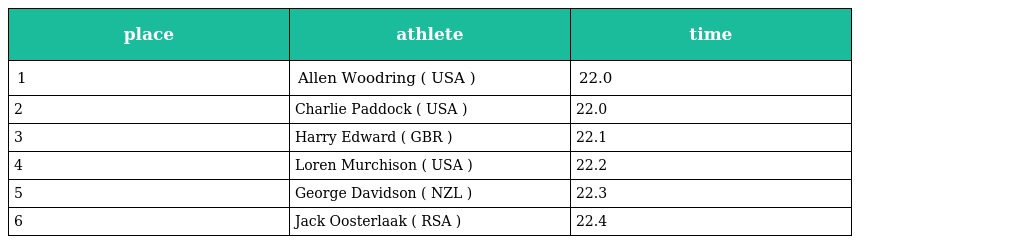
| place | athlete | time |
 | --- | --- | --- |
 | 1 | Allen Woodring ( USA ) | 22.0 |
 | 2 | Charlie Paddock ( USA ) | 22.0 |
 | 3 | Harry Edward ( GBR ) | 22.1 |
 | 4 | Loren Murchison ( USA ) | 22.2 |
 | 5 | George Davidson ( NZL ) | 22.3 |
 | 6 | Jack Oosterlaak ( RSA ) | 22.4 |